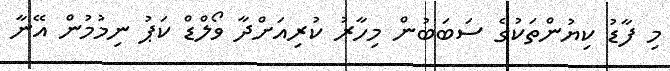
މި ފާޑު ކިޔުންތަކުގެ ސަބަބުން މިހާރު ކުރިއަށްދާ ވޯލްޑް ކަޕު ނިމުމުން އޭނާ